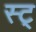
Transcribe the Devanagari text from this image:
स्ट्